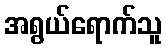
အရွယ်ရောက်သူ